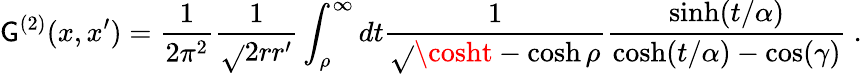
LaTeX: \mathsf{G}^{(2)}(x,x^{\prime})=\frac{1}{{2\pi^{2}}}\frac{1}{{\sqrt{}{{2rr^{\prime}}}}}\int_{\rho}^{\infty}dt\frac{1}{{\sqrt{}{{\cosht-\cosh\rho}}}}\frac{{\sinh(t/\alpha)}}{{\cosh(t/\alpha)-\cos(\gamma)}}\ .